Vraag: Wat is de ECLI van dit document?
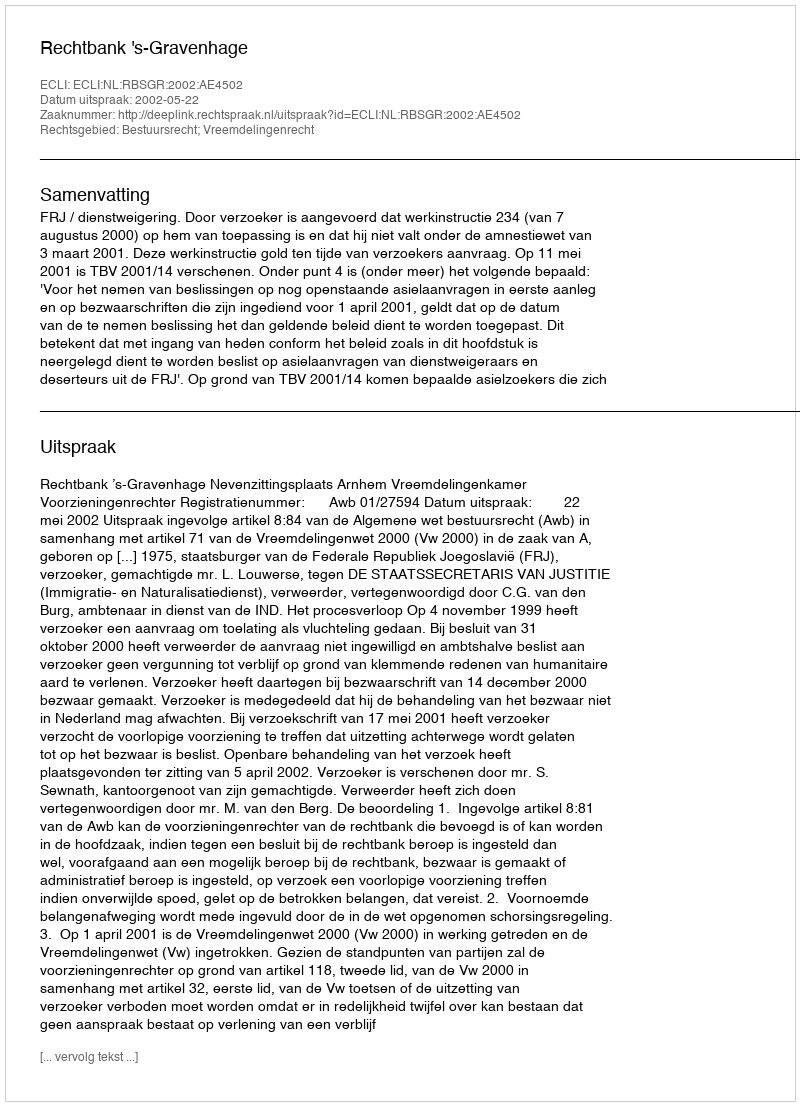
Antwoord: ECLI:NL:RBSGR:2002:AE4502